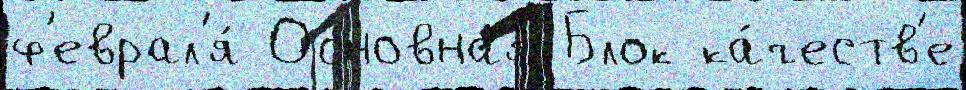
ф'еврал'я́ Основна́я Блок ка́честв'е